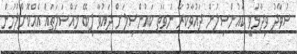
ސުވާދު ވިދާޅުވީ ކައުންސިލުން ދައުވާކުރާ ނުވަތަ ކައުންސިލަށް ދައުވާ ލިބޭ މައްސަލަތައް އެއްކޮށްލުމުން